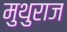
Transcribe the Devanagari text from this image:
मुथुराज